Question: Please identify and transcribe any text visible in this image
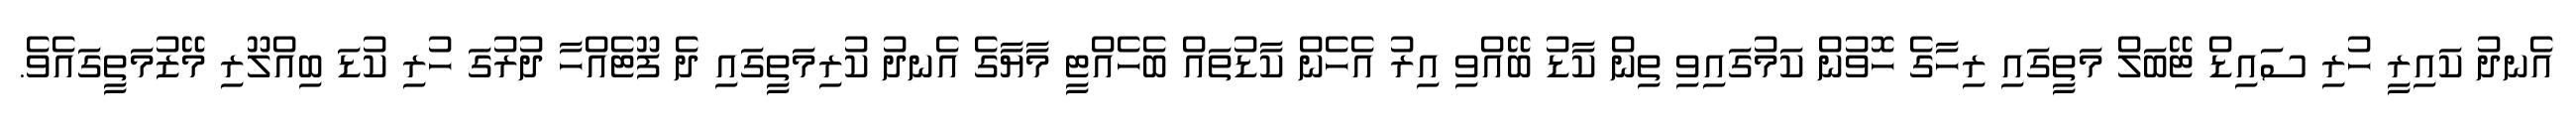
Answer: އެނދު ކައިރީ ހުރި ސައިޑް ޓޭބަލް މަތީގައި ރިހާގެ ހޮވުން ކަމުގައިވި ތިން ކާޑު ބޭއްވި އިރު އެހެން ކާޑުތައް ބެހެއްޓީ މާޔާގެ އެނދު ކުރިމަތީގައި ދެ ފޫޓެއްހާ ދުރުގަ ހުރި ކުޑަ ބިއްލޫރި މޭޒުމަތީގައެވެ.